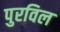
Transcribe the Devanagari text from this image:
पुरविल